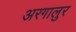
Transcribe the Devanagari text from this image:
अरगालुर